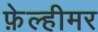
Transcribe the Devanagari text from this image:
फ़ेल्हीमर